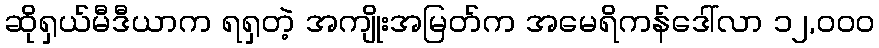
ဆိုရှယ်မီဒီယာက ရရှတဲ့ အကျိုးအမြတ်က အမေရိကန်ဒေါ်လာ ၁၂,၀၀၀